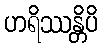
ဟရိဿန္တိပိ